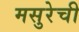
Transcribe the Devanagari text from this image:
मसुरेची